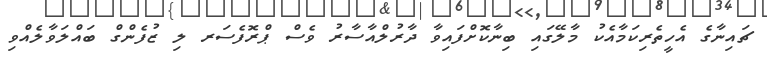
ޗައިނާގެ އެހީތެރިކަމާއެކު މާލޭގައި ބިނާކޮށްފައިވާ ދާރުލްއާސާރު ވެސް ޕްރޮފެސަރ ލި ޒުފެންގް ބައްލަވާލެއްވި